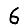
Digit: 6